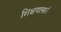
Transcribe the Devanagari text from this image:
शिक्षणासाठीही